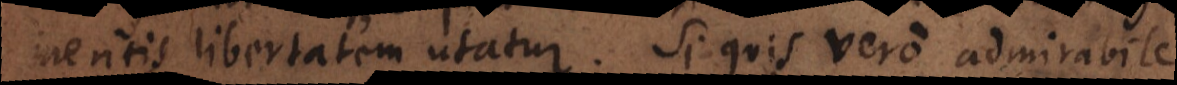
libertatem utatur. Si quis vero admirabile